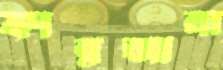
ফারজানা